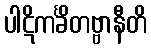
ပါဋိကင်္ခိတဗ္ဗာနီတိ